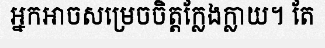
អ្នកអាចសម្រេចចិត្តក្លែងក្លាយ។ តែ